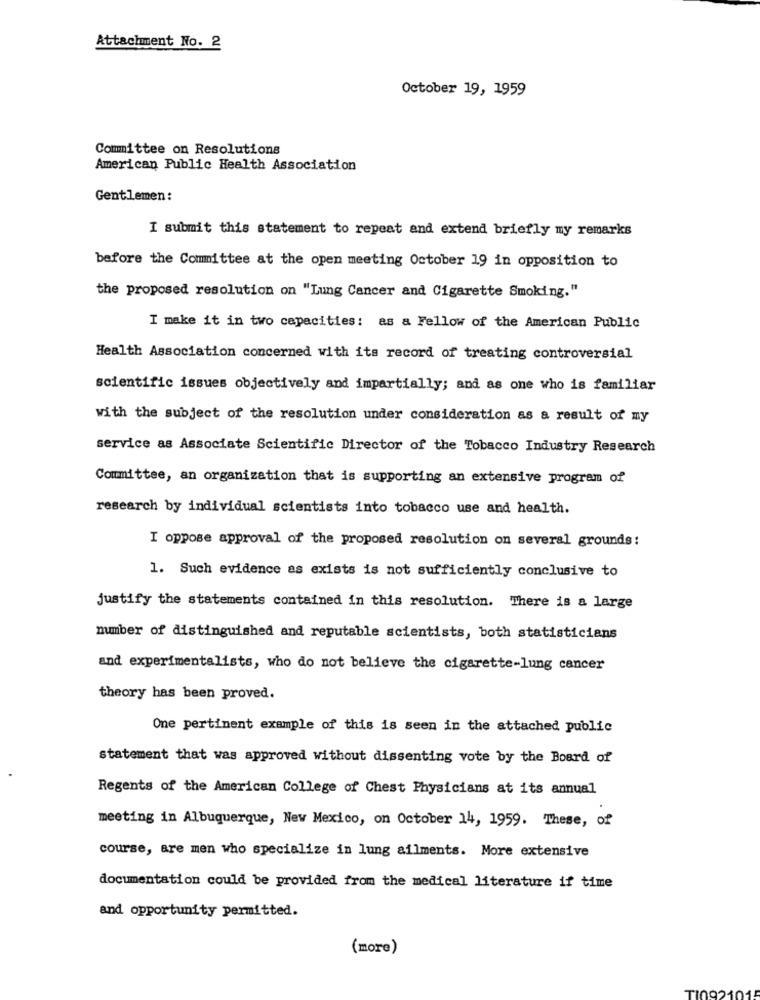
Attachment No. 2
October 19, 1959
Committee on Resolutions
American Public Health Association
Gentlemen:
I submit this statement to repeat and extend briefly my remarks
before the Committee at the open meeting October 19 in opposition to
the proposed resolution on "Lung Cancer and Cigarette Smoking."
I make it in two capacities: as a Fellow of the American Public
Health Association concerned with its record of treating controversial
scientific issues objectively and impartially; and as one who is familiar
with the subject of the resolution under consideration as a result of my
service as Associate Scientific Director of the Tobacco Industry Research
Committee, an organization that is supporting an extensive program of
research by individual scientists into tobacco use and health.
I oppose approval of the proposed resolution on several grounds:
1. Such evidence as exists is not sufficiently conclusive to
justify the statements contained in this resolution. There is a large
number of distinguished and reputable scientists, both statisticians
and experimentalists, who do not believe the cigarette-lung cancer
theory has been proved.
One pertinent example of this is seen in the attached public
statement that was approved without dissenting vote by the Board of
Regents of the American College of Chest Physicians at its annual
meeting in Albuquerque, New Mexico, on October 14, 1959. These, of
course, are men who specialize in lung ailments. More extensive
documentation could be provided from the medical literature if time
and opportunity permitted.
(more)
TI092